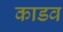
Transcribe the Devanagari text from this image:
काडव